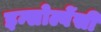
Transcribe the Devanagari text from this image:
इन्सोल्वेंसी